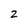
Character: 2